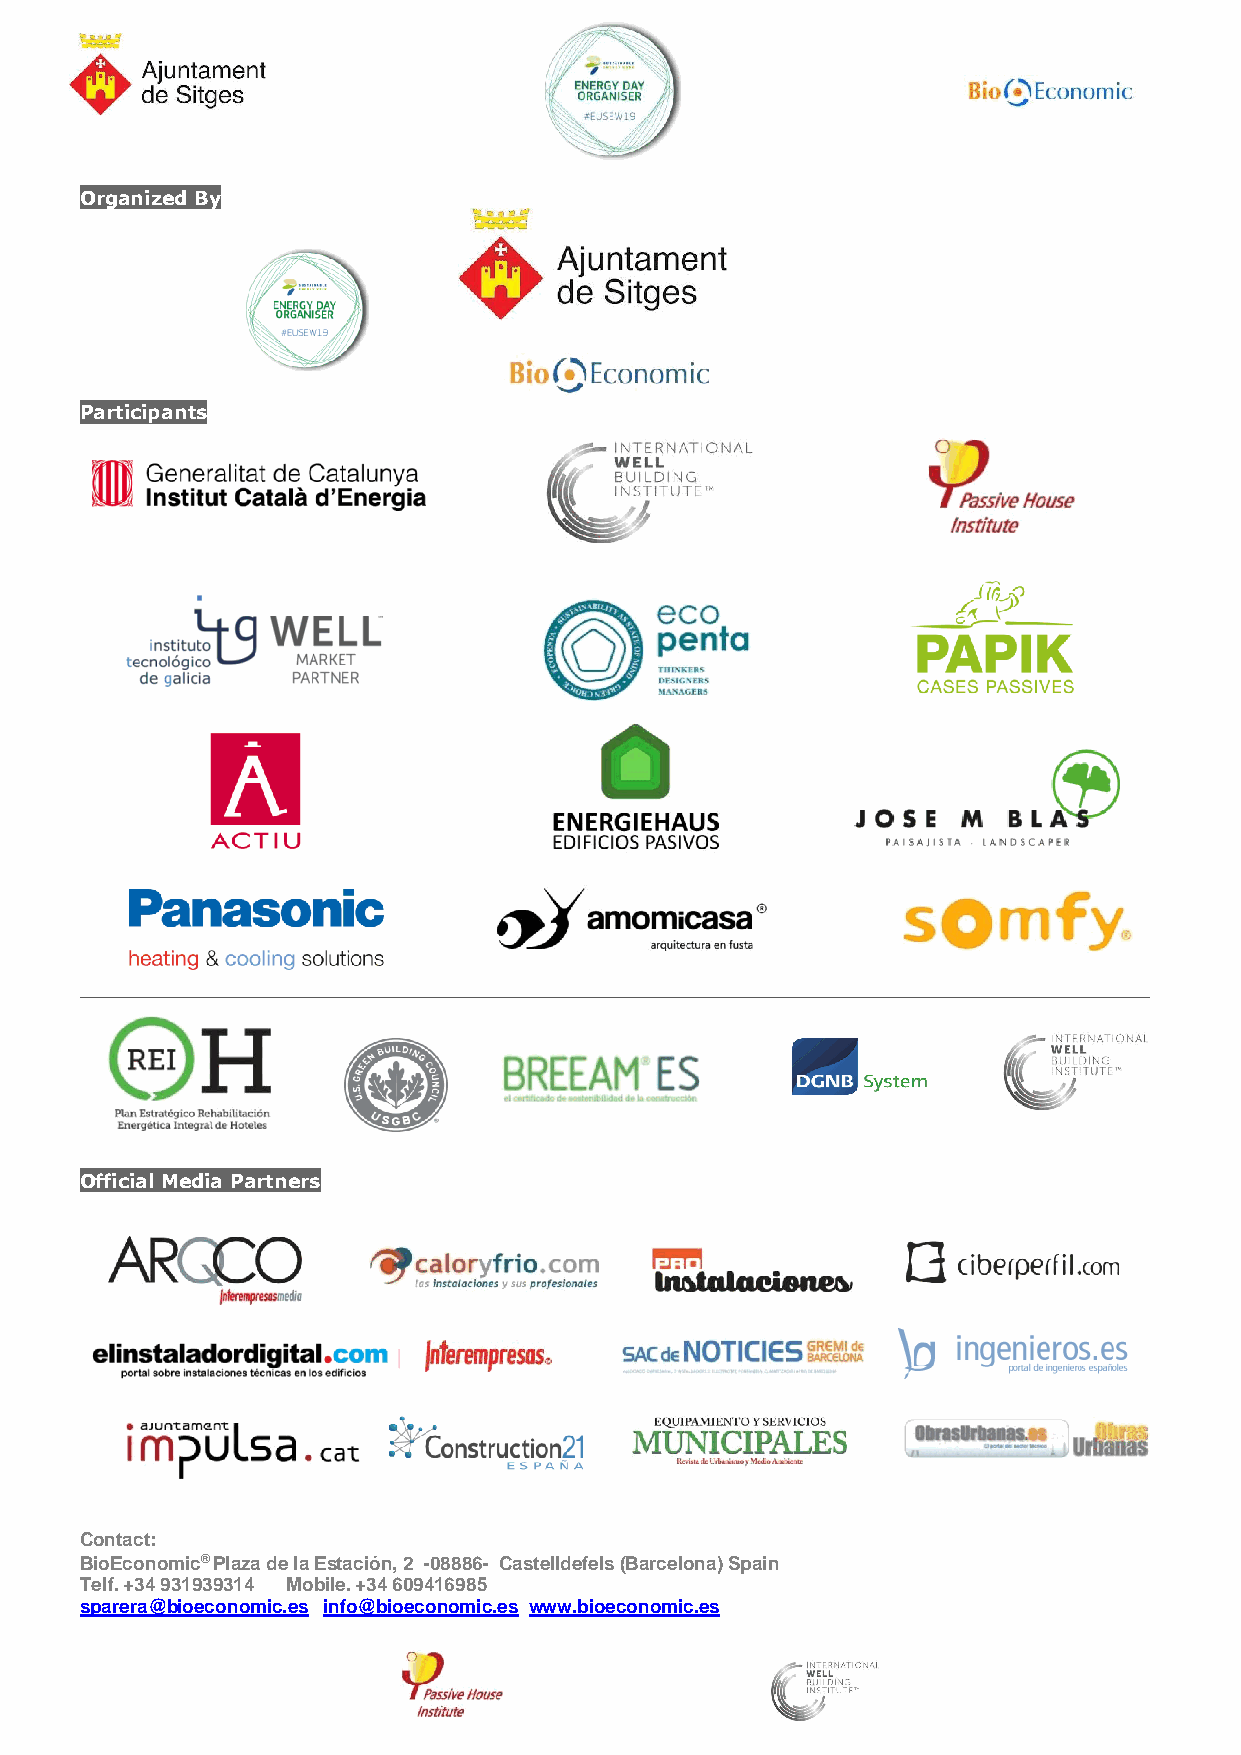
Organized By
 Participants
 __________________________________________________________________________________________________________________
 Official Media Partners
 Contact:
 BioEconomic® Plaza de la Estación, 2 -08886- Castelldefels (Barcelona) Spain
 Telf. +34 931939314 Mobile. +34 609416985
 sparera@bioeconomic.es info@bioeconomic.es www.bioeconomic.es